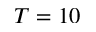
T = 1 0